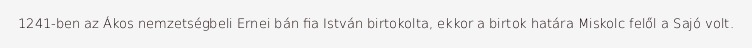
1241-ben az Ákos nemzetségbeli Ernei bán fia István birtokolta, ekkor a birtok határa Miskolc felől a Sajó volt.